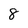
Character: 8